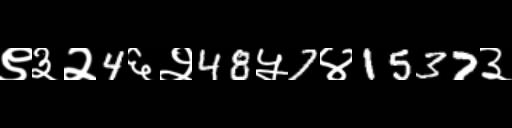
Text: ९३२4६२48५7४1537३